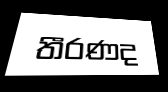
තීරණද